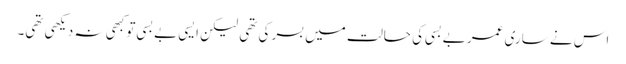
اس نے ساری عمر بے بسی کی حالت میں بسر کی تھی لیکن ایسی بے بسی تو کبھی نہ دیکھی تھی۔